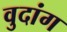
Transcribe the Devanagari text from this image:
वुदांग